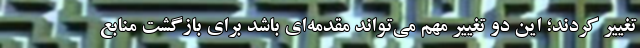
تغییر کردند؛ این دو تغییر مهم می‌تواند مقدمه‌ای باشد برای بازگشت منابع